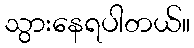
သွားနေရပါတယ်။